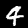
Digit: 4